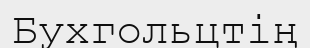
Бухгольцтің